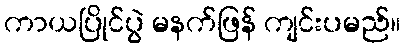
ကာယပြိုင်ပွဲ မနက်ဖြန် ကျင်းပမည်။